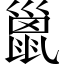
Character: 巤